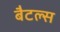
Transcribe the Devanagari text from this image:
बैटल्स